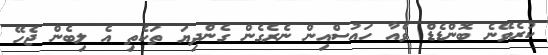
ކުރެވޭނެ ބޮންޑެޑް ވެއާ ހައުސްއިން ނެރެގެން ގެންދިޔަ ތަކެތި އެ ލިބެން ޖެހޭ